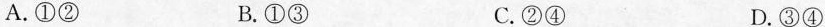
A.①② B.①③ C.②④ D.③④